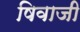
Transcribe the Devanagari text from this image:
षिवाजी